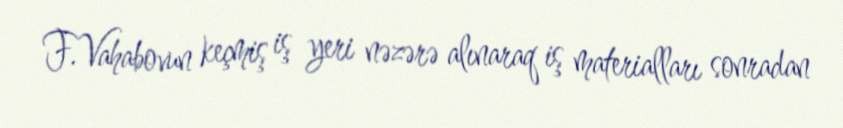
F.Vahabovun keçmiş iş yeri nəzərə alınaraq iş materialları sonradan